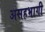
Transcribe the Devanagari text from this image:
असहभागी